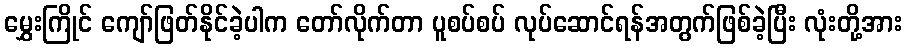
မွှေးကြိုင် ကျော်ဖြတ်နိုင်ခဲ့ပါက တော်လိုက်တာ ပူစပ်စပ် လုပ်ဆောင်ရန်အတွက်ဖြစ်ခဲ့ပြီး လုံးတို့အား